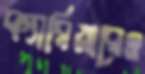
ক্যারিয়ারেও